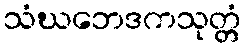
သံဃဘေဒကသုတ္တံ